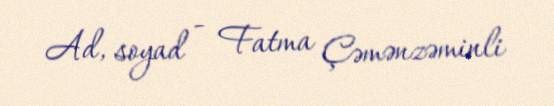
Ad, soyad - Fatma Çəmənzəminli